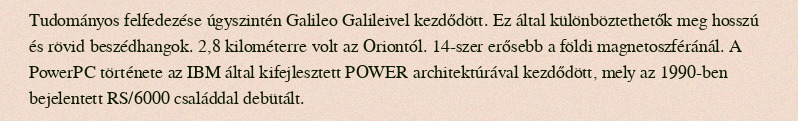
Tudományos felfedezése úgyszintén Galileo Galileivel kezdődött. Ez által különböztethetők meg hosszú és rövid beszédhangok. 2,8 kilométerre volt az Oriontól. 14-szer erősebb a földi magnetoszféránál. A PowerPC története az IBM által kifejlesztett POWER architektúrával kezdődött, mely az 1990-ben bejelentett RS/6000 családdal debütált.